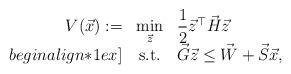
LaTeX: \begin{align*}\begin{array}{rcl}V(\vec{x}):=&\min\limits_{\vec{z}} & \dfrac{1}{2}\vec{z}^{\top}\vec{H}\vec{z}\\begin{align*}1ex]&\mathrm{s.t.}& \vec{G}\vec{z}\leq \vec{W} + \vec{S}\vec{x},\end{array}\end{align*}